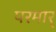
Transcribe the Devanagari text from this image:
परमार्